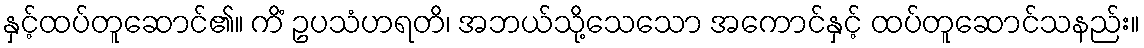
နှင့်ထပ်တူဆောင်၏။ ကိံ ဥပသံဟရတိ၊ အဘယ်သို့သေသော အကောင်နှင့် ထပ်တူဆောင်သနည်း။